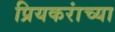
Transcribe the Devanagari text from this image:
प्रियकरांच्या